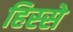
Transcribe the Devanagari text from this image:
हिस्‍स्‍ो